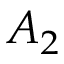
A _ { 2 }